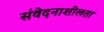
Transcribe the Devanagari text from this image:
संवेदनाशीलता